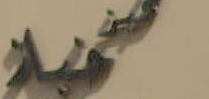
صحية